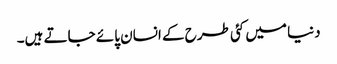
دنیا میں کئی طرح کے انسان پائے جاتے ہیں۔